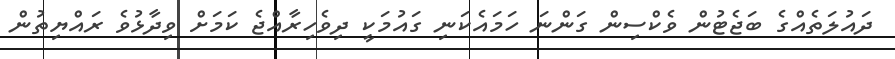
ދައުލަތެއްގެ ބަޖެޓުން ވެކްސިން ގަންނަ ހަމައެކަނި ގައުމަކީ ދިވެހިރާއްޖެ ކަމަށް ވިދާޅުވެ ރައްޔިތުން